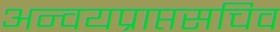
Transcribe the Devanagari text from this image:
अन्वयप्राप्तसचिव